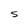
Character: s